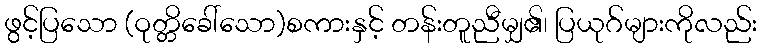
ဖွင့်ပြသော (ဝုတ္တိခေါ်သော)စကားနှင့် တန်းတူညီမျှ၏၊ ပြယုဂ်များကိုလည်း